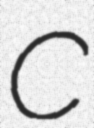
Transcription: C